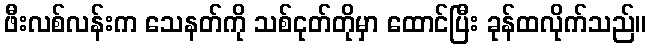
ဖီးလစ်လန်းက သေနတ်ကို သစ်ငုတ်တိုမှာ ထောင်ပြီး ခုန်ထလိုက်သည်။